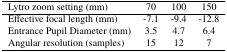
<table><thead><tr><td><b>Lytro zoom setting (mm)</b></td><td><b>70</b></td><td><b>100</b></td><td><b>150</b></td></tr></thead><tbody><tr><td>Effective focal length (mm)</td><td>−7.1</td><td>−9.4</td><td>−12.8</td></tr><tr><td>Entrance Pupil Diameter (mm)</td><td>3.5</td><td>4.7</td><td>6.4</td></tr><tr><td>Angular resolution (samples)</td><td>15</td><td>12</td><td>7</td></tr></tbody></table>